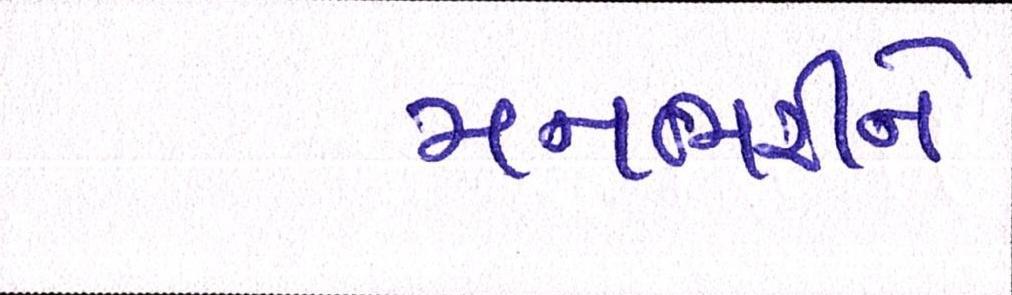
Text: મનભરીને